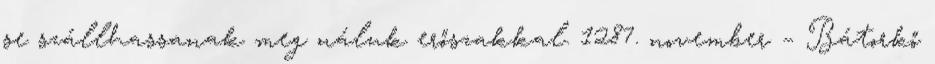
se szállhassanak meg náluk erőszakkal. 1287. november – Bátorkő